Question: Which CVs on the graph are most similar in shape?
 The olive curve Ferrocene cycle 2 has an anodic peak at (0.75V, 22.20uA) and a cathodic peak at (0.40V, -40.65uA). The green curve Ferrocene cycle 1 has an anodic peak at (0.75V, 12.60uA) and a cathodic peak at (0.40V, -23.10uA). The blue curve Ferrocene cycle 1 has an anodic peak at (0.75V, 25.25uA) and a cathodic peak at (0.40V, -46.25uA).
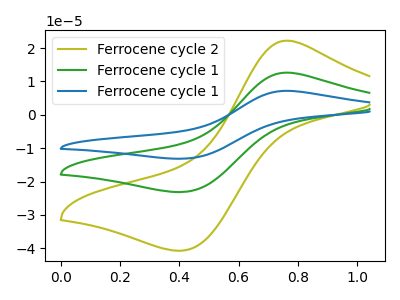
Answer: <think>All the peaks in "Ferrocene cycle 2" have a peak in "Ferrocene cycle 1" at the same potential. Every peak in "Ferrocene cycle 2" is higher than every peak in "Ferrocene cycle 1". All the peaks in "Ferrocene cycle 2" have a peak in "Ferrocene cycle 1" at the same potential. Every peak in "Ferrocene cycle 2" is lower than every peak in "Ferrocene cycle 1". All the peaks in "Ferrocene cycle 1" have a peak in "Ferrocene cycle 1" at the same potential. Every peak in "Ferrocene cycle 1" is lower than every peak in "Ferrocene cycle 1".
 </think>
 <answer>"Ferrocene cycle 2", "Ferrocene cycle 1" and "Ferrocene cycle 1" have the same shape and are likely CV's of the same chemical.</answer>
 <eval>"Ferrocene cycle 2" "Ferrocene cycle 1" "Ferrocene cycle 1"</eval>